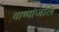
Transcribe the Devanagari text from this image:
वाष्पांजलि